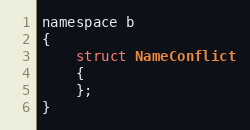
Language: C
namespace b
{
	struct NameConflict
	{
	};
}